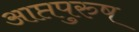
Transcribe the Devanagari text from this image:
आप्तपुरुष